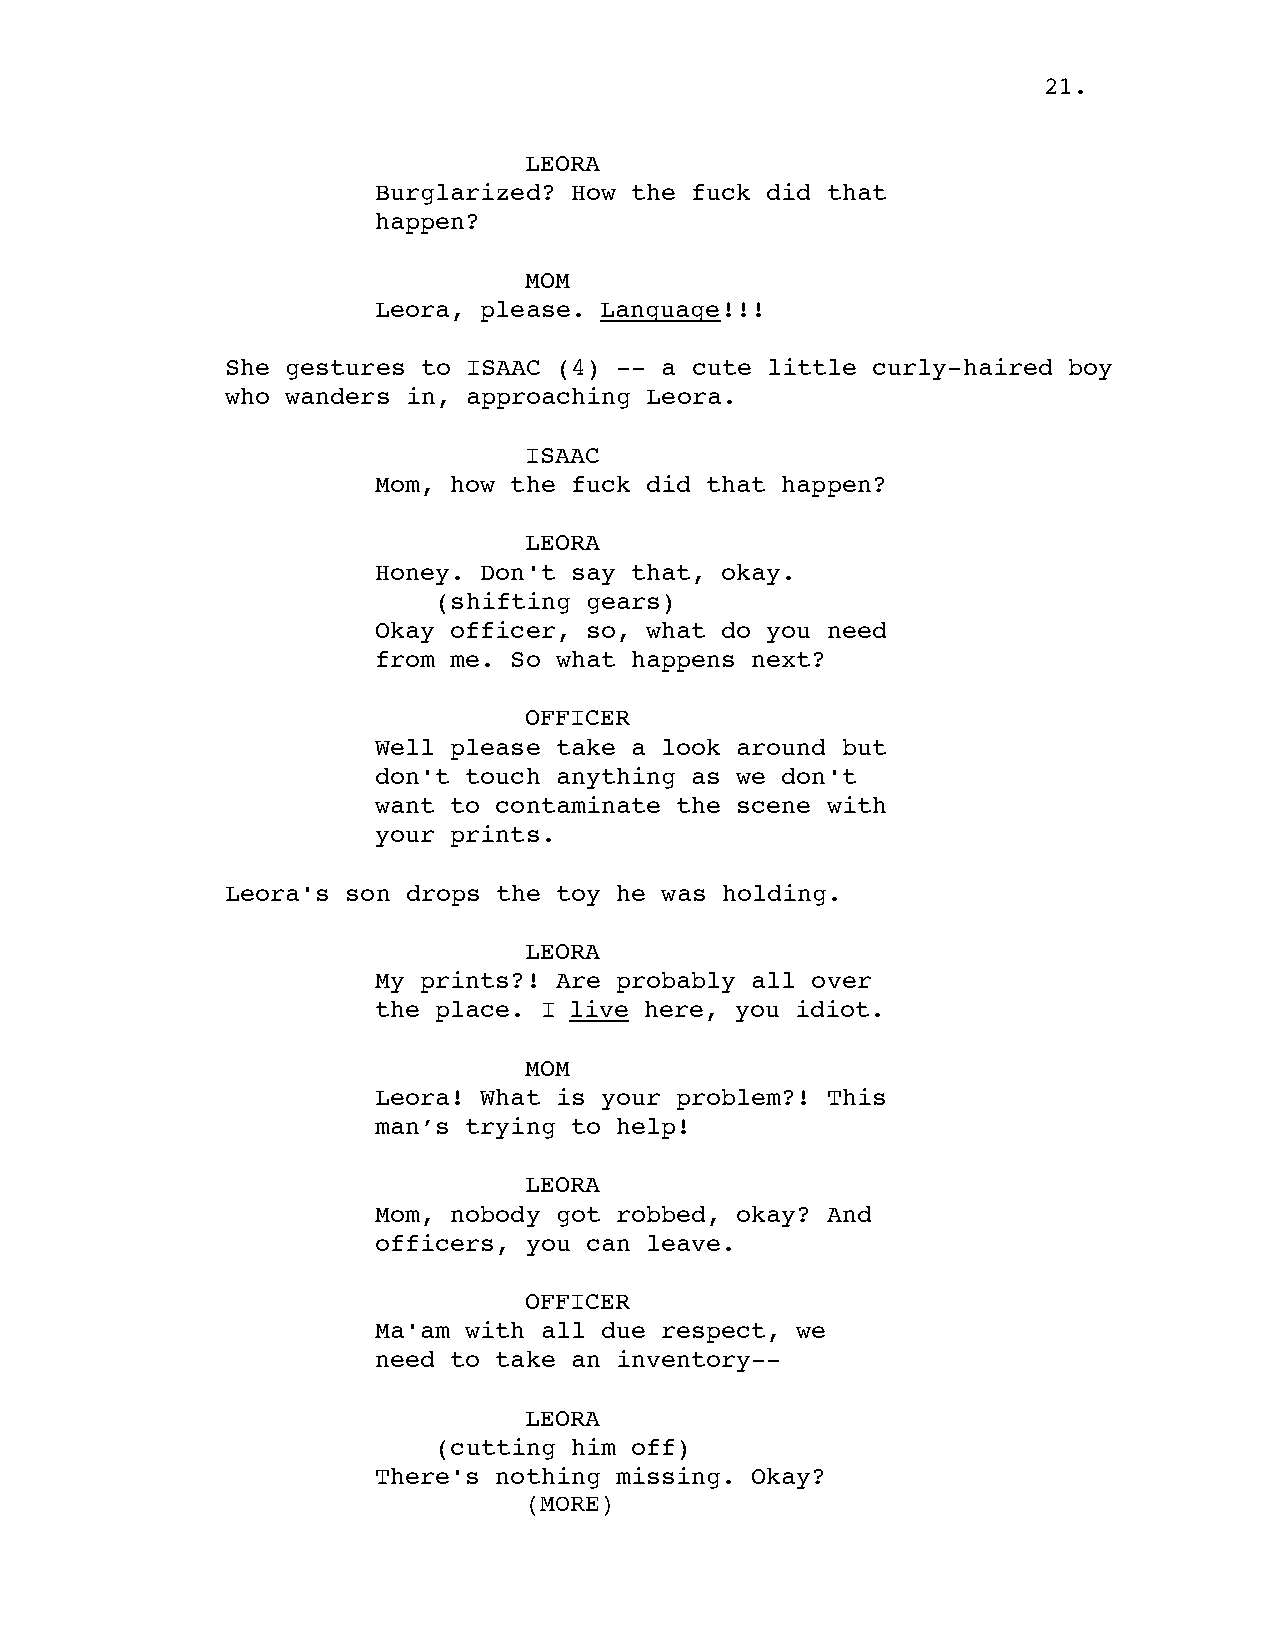
21.
 LEORA
 Burglarized? How the fuck did that
 happen?
 MOM
 Leora, please. Language!!!
 She gestures to ISAAC (4) -- a cute little curly-haired boy
 who wanders in, approaching Leora.
 ISAAC
 Mom, how the fuck did that happen?
 LEORA
 Honey. Don't say that, okay.
 (shifting gears)
 Okay officer, so, what do you need
 from me. So what happens next?
 OFFICER
 Well please take a look around but
 don't touch anything as we don't
 want to contaminate the scene with
 your prints.
 Leora's son drops the toy he was holding.
 LEORA
 My prints?! Are probably all over
 the place. I live here, you idiot.
 MOM
 Leora! What is your problem?! This
 man’s trying to help!
 LEORA
 Mom, nobody got robbed, okay? And
 officers, you can leave.
 OFFICER
 Ma'am with all due respect, we
 need to take an inventory--
 LEORA
 (cutting him off)
 There's nothing missing. Okay?
 (MORE)